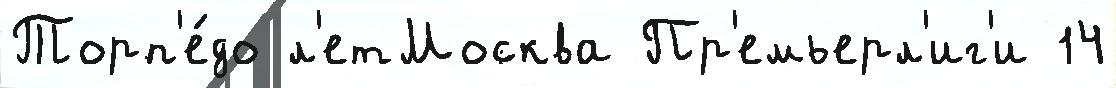
Торп'е́до л'етМосква Пр'емьерл'иг'и 14